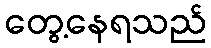
တွေ့နေရသည်